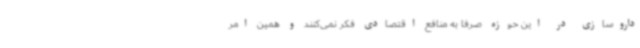
داروسازی در این حوزه صرفا به منافع اقتصادی فکر نمی‌کنند و همین امر